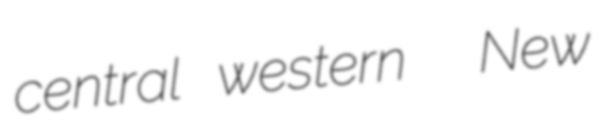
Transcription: central western  New